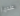
عندما